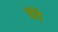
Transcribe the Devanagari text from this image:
यंदे